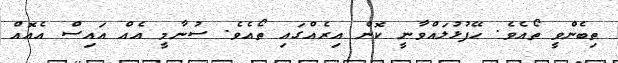
ތިބެންވީ ތޯއެވެ. ހޭފުޅުލައްވާނީ ކޮން އިރެއްގައި ތޯއެވެ. ސުނާމީ އެއް އައިސް އެއޮއް